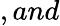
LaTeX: ,and